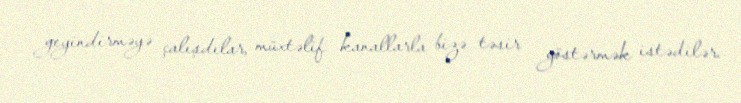
geyindirməyə çalışdılar, müxtəlif kanallarla bizə təsir göstərmək istədilər.